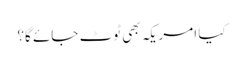
کیا امریکہ بھی ٹوٹ جائے گا؟